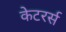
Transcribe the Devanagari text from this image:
केटरर्स